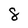
Character: 8